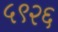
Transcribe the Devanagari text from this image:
५९२६